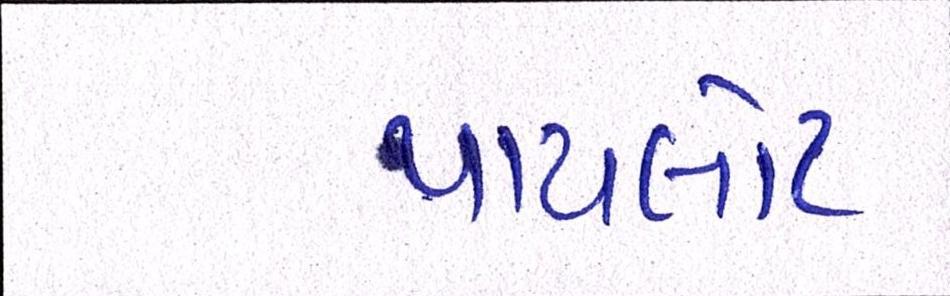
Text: પાયલોટ